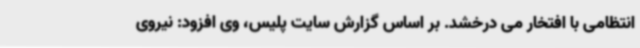
انتظامی با افتخار می درخشد. بر اساس گزارش سایت پلیس، وی افزود: نیروی